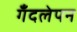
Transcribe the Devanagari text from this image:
गँदलेपन